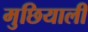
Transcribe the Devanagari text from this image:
मुछियाली